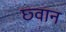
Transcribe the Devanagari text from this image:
छ्वान